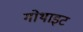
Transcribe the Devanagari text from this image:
गोथाइट